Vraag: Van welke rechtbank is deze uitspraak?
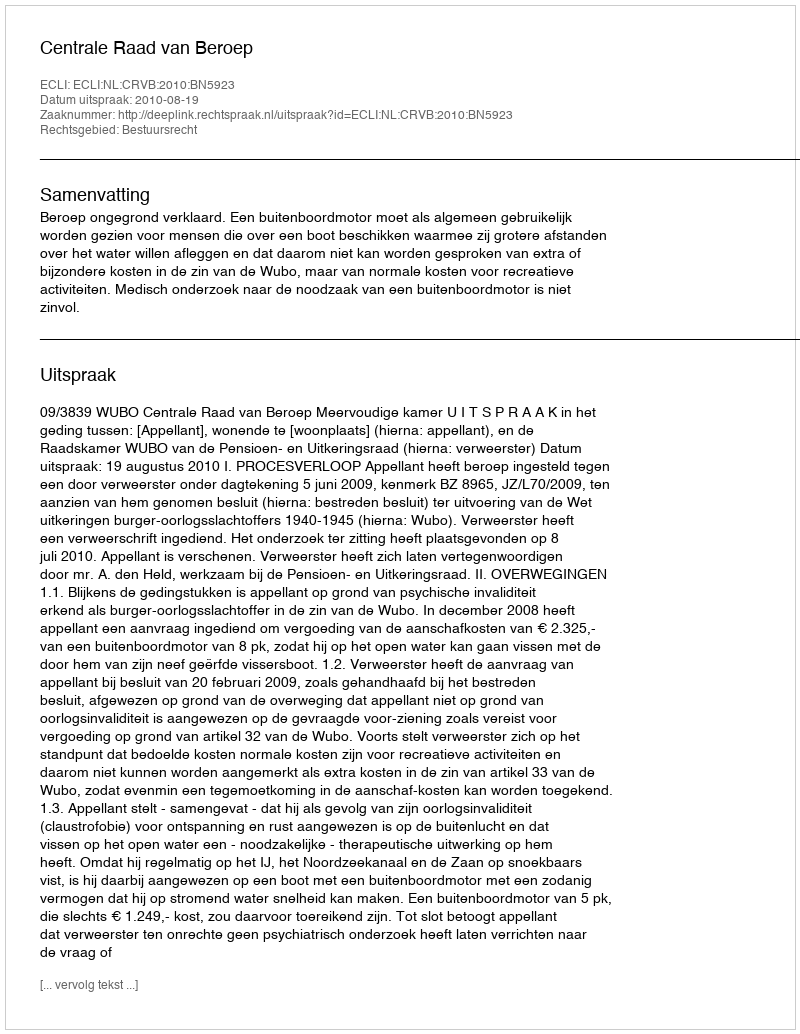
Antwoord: Centrale Raad van Beroep